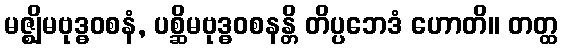
မဇ္ဈိမဗုဒ္ဓဝစနံ, ပစ္ဆိမဗုဒ္ဓဝစနန္တိ တိပ္ပဘေဒံ ဟောတိ။ တတ္ထ